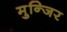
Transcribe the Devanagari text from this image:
मुन्जिर